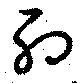
約